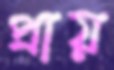
প্রায়